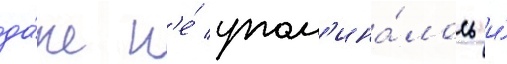
да́же н'е́ упом'ина́лось и́